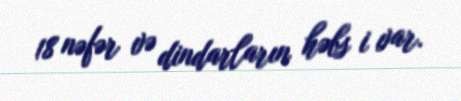
18 nəfər və dindarların həbs i var.